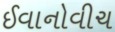
ઈવાનોવીચ